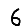
Digit: 6